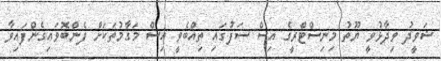
ޝަވީދު ވިދާޅުވީ ޔޫތު މިނިސްޓްރީގެ އިސް ސަފުގައި ތިއްބެވީ އިސް މަގާމުތަކަށް ފެންބޮވައިގެންފައިވާ